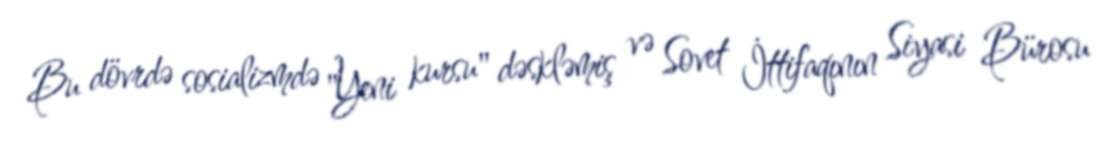
Bu dövrdə sosializmdə "Yeni kursu" dəskləmiş və Sovet İttifaqının Siyasi Bürosu